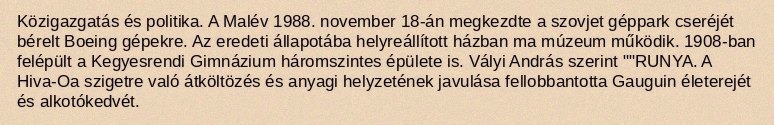
Közigazgatás és politika. A Malév 1988. november 18-án megkezdte a szovjet géppark cseréjét bérelt Boeing gépekre. Az eredeti állapotába helyreállított házban ma múzeum működik. 1908-ban felépült a Kegyesrendi Gimnázium háromszintes épülete is. Vályi András szerint ""RUNYA. A Hiva-Oa szigetre való átköltözés és anyagi helyzetének javulása fellobbantotta Gauguin életerejét és alkotókedvét.